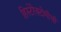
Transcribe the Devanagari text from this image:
हिस्टेरेक्टोमीची